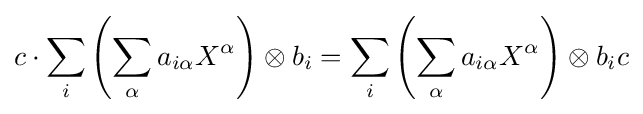
c\cdot \sum _{i}\left(\sum _{\alpha }a_{i\alpha }X^{\alpha }\right)\otimes b_{i}=\sum _{i}\left(\sum _{\alpha }a_{i\alpha }X^{\alpha }\right)\otimes b_{i}c